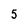
Character: 5